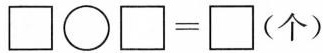
\square\bigcirc\square=\square(个)